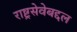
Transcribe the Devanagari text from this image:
राष्ट्रसेवेबद्दल